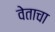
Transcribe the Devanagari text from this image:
वेताचा